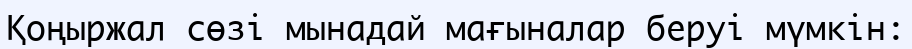
Қоңыржал сөзі мынадай мағыналар беруі мүмкін: